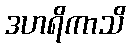
ဒဟရိကာသိ